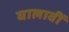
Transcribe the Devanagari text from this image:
घालावीं